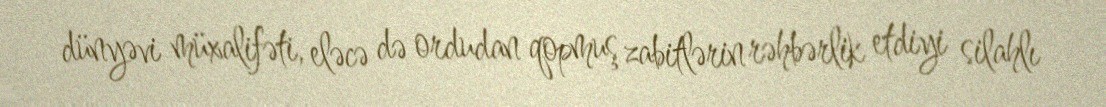
dünyəvi müxalifəti, eləcə də ordudan qopmuş zabitlərin rəhbərlik etdiyi silahlı